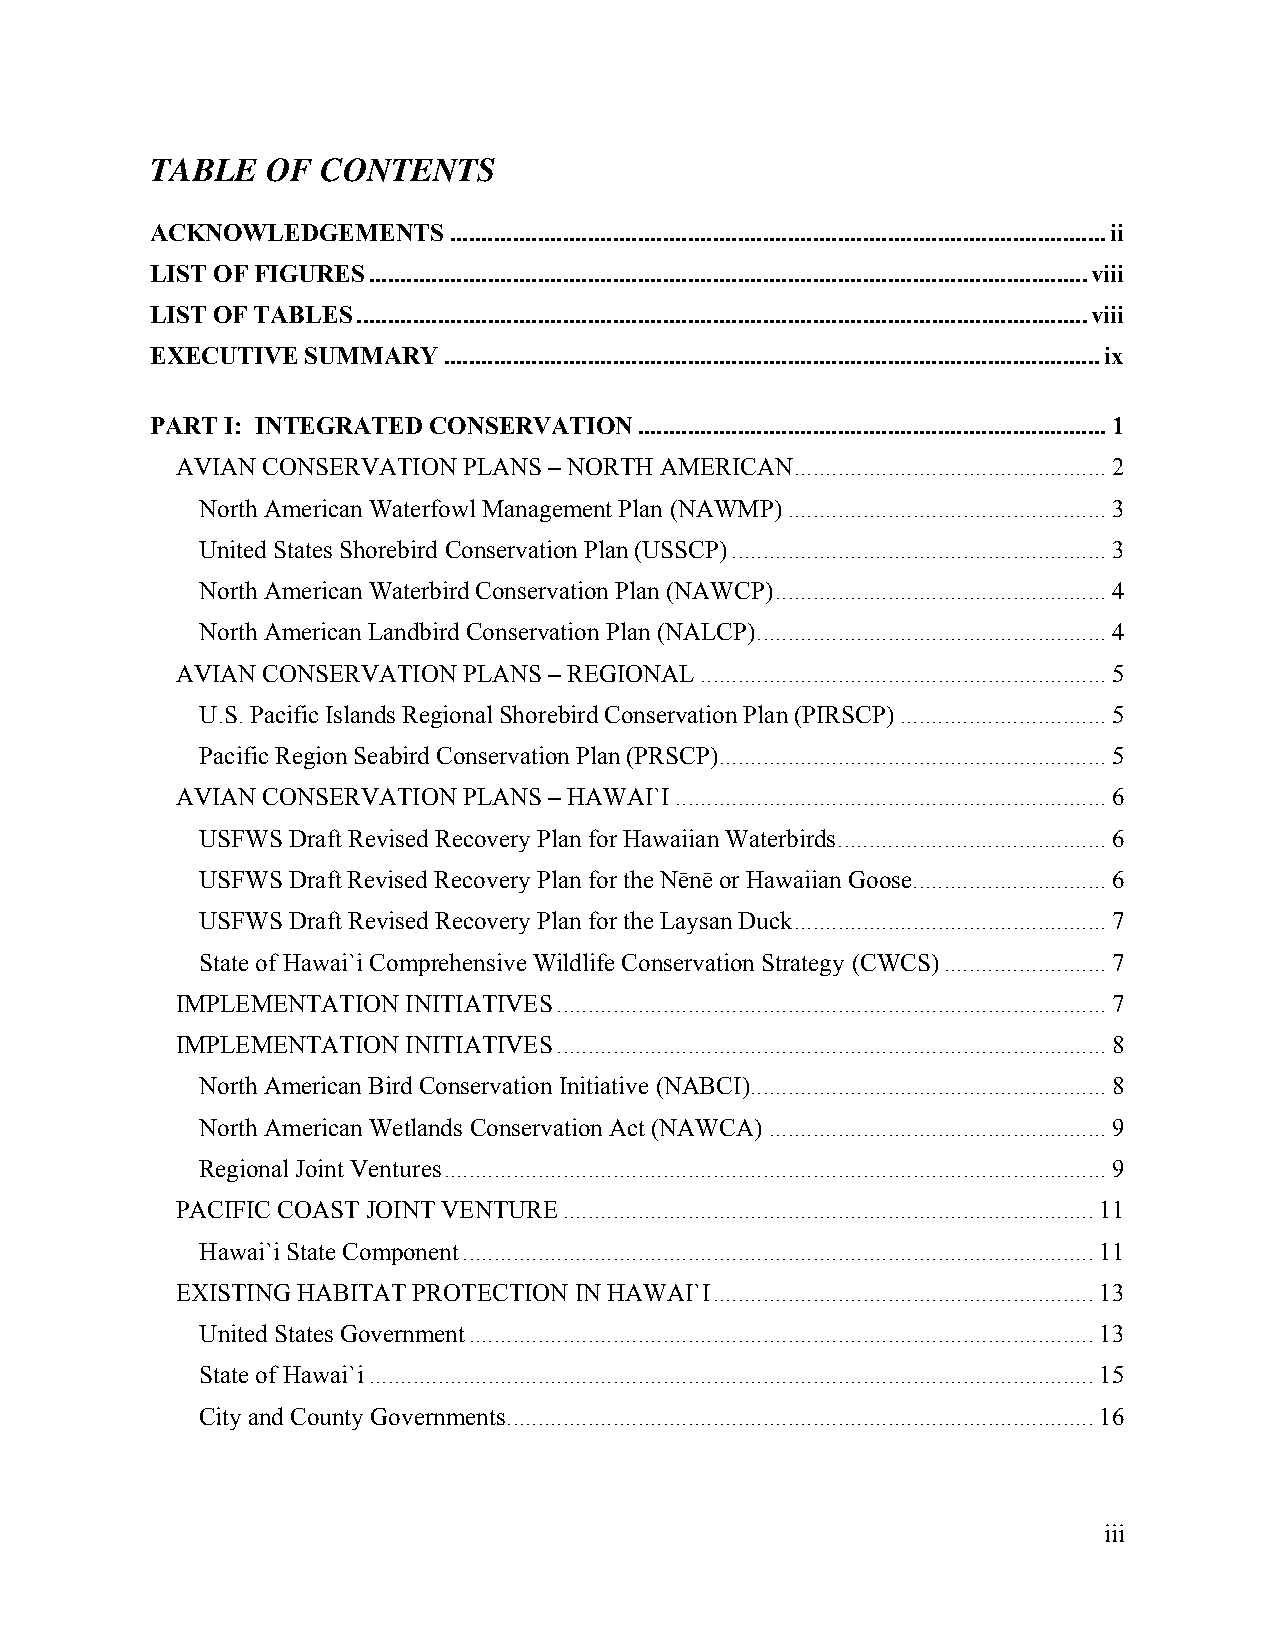
TABLE   OF CONTENTS
 ACKNOWLEDGEMENTS.........................................................................................................ii
 LIST OF FIGURES...................................................................................................................viii
 LIST OF TABLES.....................................................................................................................viii
 EXECUTIVE SUMMARY.........................................................................................................ix
 PART I: INTEGRATED CONSERVATION...........................................................................1
 AVIAN CONSERVATION PLANS – NORTH AMERICAN..................................................2
 North American Waterfowl Management Plan (NAWMP)...................................................3
 United States Shorebird Conservation Plan (USSCP)............................................................3
 North American Waterbird Conservation Plan (NAWCP).....................................................4
 North American Landbird Conservation Plan (NALCP)........................................................4
 AVIAN CONSERVATION PLANS – REGIONAL.................................................................5
 U.S. Pacific Islands Regional Shorebird Conservation Plan (PIRSCP).................................5
 Pacific Region Seabird Conservation Plan (PRSCP)..............................................................5
 AVIAN CONSERVATION PLANS – HAWAI`I.....................................................................6
 USFWS Draft Revised Recovery Plan for Hawaiian Waterbirds...........................................6
 USFWS Draft Revised Recovery Plan for the Nēnē or Hawaiian Goose...............................6
 USFWS Draft Revised Recovery Plan for the Laysan Duck..................................................7
 State of Hawai`i Comprehensive Wildlife Conservation Strategy (CWCS)..........................7
 IMPLEMENTATION INITIATIVES........................................................................................7
 IMPLEMENTATION INITIATIVES........................................................................................8
 North American Bird Conservation Initiative (NABCI).........................................................8
 North American Wetlands Conservation Act (NAWCA)......................................................9
 Regional Joint Ventures..........................................................................................................9
 PACIFIC COAST JOINT VENTURE.....................................................................................11
 Hawai`i State Component.....................................................................................................11
 EXISTING HABITAT PROTECTION IN HAWAI`I.............................................................13
 United States Government....................................................................................................13
 State of Hawai`i....................................................................................................................15
 City and County Governments..............................................................................................16
 iii